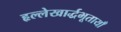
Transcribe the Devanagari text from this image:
हृल्लेखार्द्धभूतायाँ